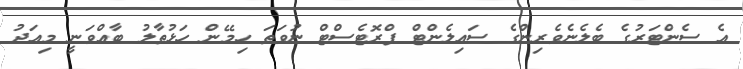
އެ ސެންޓަރުގެ ބެލެނެވެރިންގެ ސައިލެންޓް ޕްރޮޓެސްޓް ނުވަތަ ހިމޭން ހަޅުތާލު ބާއްވަނީ މިއަދު